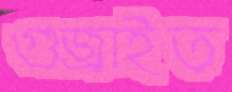
গুজ্‌রাইত